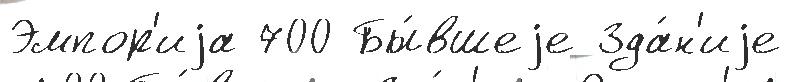
Эмпор'иjа 700 Бы́вшеjе Зда́н'иjе